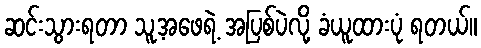
ဆင်းသွားရတာ သူ့အဖေရဲ့ အပြစ်ပဲလို့ ခံယူထားပုံ ရတယ်။